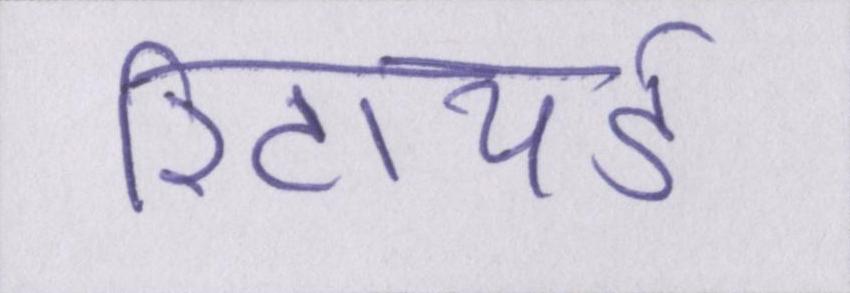
रिटायर्ड